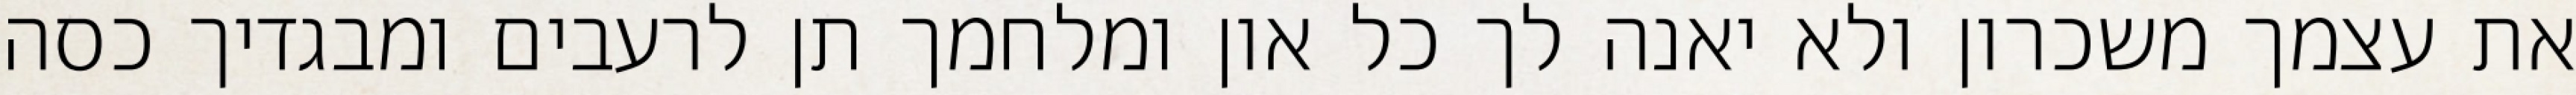
את עצמך משכרון ולא יאנה לך כל און ומלחמך תן לרעבים ומבגדיך כסה